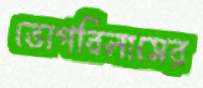
ভোগবিলাসের